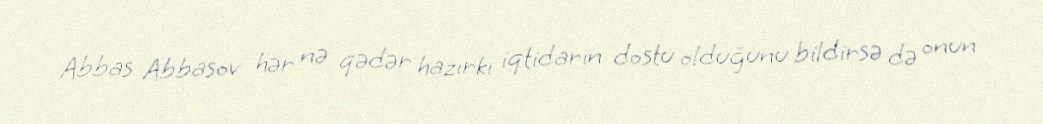
Abbas Abbasov hər nə qədər hazırkı iqtidarın dostu olduğunu bildirsə də onun